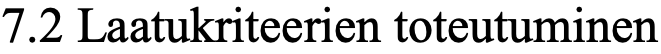
7.2 Laatukriteerien toteutuminen